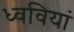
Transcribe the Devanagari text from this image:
ध्ववियां